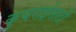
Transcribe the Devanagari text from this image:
कुचराईसाठी